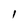
Character: l